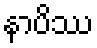
နာပိဿ